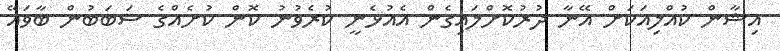
އިޝާން ކުއްލިއަކަށް އޭނާ ދުރުކޮށްލައިގެން އެއުޅެނީ ކުރެވުނު ކޮން ކުށެއްގެ ސަބަބުން ބާވައޭ